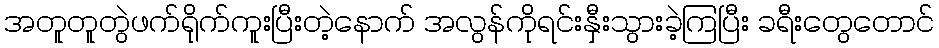
အတူတူတွဲဖက်ရိုက်ကူးပြီးတဲ့နောက် အလွန်ကိုရင်းနှီးသွားခဲ့ကြပြီး ခရီးတွေတောင်